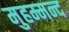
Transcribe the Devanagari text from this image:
मुहम्मन्द